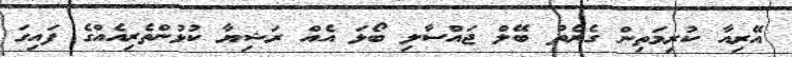
އޭރިއާ ކުރިމަތިން ގެރެތު ބޭލް ޖައްސާލި ބޯޅަ އެއް ރަޝިޔާ ކުޅުންތެރިއެއްގެ ފައިގަ